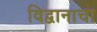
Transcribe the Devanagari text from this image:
विद्वानाचा